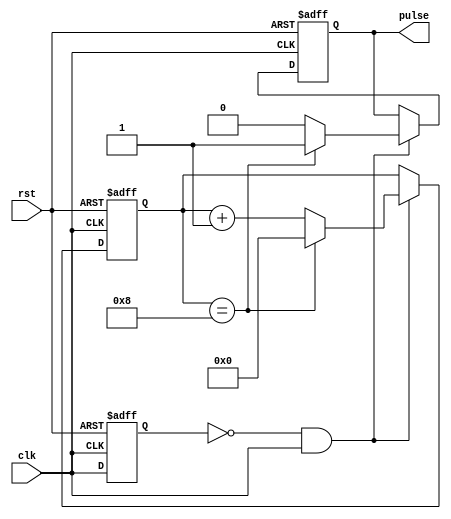
module pulse_generator (
    input wire clk,
    input wire rst,
    output reg pulse
);

reg [3:0] count;
reg prev_clk;

always @(posedge clk or posedge rst) begin
    if (rst == 1'b1) begin
        count <= 4'b0000;
        pulse <= 1'b0;
        prev_clk <= 1'b0;
    end else begin
        if (prev_clk == 1'b0 && clk == 1'b1) begin
            count <= count + 1;
            if (count == 4'b1000) begin
                count <= 4'b0000;
                pulse <= 1'b1;
            end else begin
                pulse <= 1'b0;
            end
        end
        prev_clk <= clk;
    end
end

endmodule